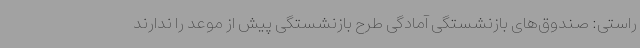
راستی: صندوق‌های بازنشستگی آمادگی طرح بازنشستگی پیش از موعد را ندارند